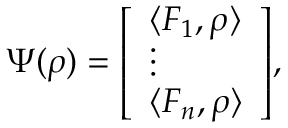
\Psi ( \rho ) = { \left[ \begin{array} { l } { \langle F _ { 1 } , \rho \rangle } \\ { \vdots } \\ { \langle F _ { n } , \rho \rangle } \end{array} \right] } ,